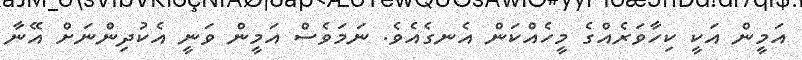
އަމީން އަކީ ކިހާވަރެއްގެ މީހެއްކަން އެނގެއެވެ. ނަމަވެސް އަމީން ވަނީ އެކުދިންނަށް އޭނާ